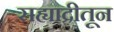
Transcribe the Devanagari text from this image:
सह्याद्रीतून